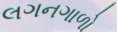
લગનગાળો